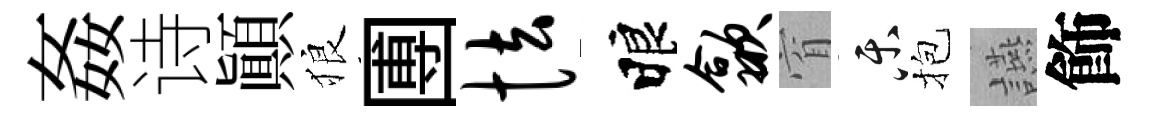
姦诗顚狼圑怯睱歙窅乐抱讌飾